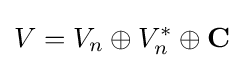
V=V_{n}\oplus V_{n}^{*}\oplus \mathbf {C}